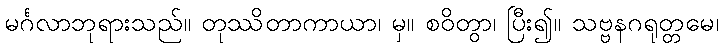
မင်္ဂလာဘုရားသည်။ တုဿိတာကာယာ၊ မှ။ စဝိတွာ၊ ပြီး၍။ သဗ္ဗနဂရုတ္တမေ၊